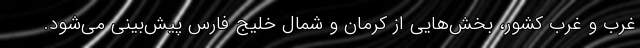
غرب و غرب کشور، بخش‌هایی از کرمان و شمال خلیج فارس پیش‌بینی می‌شود.